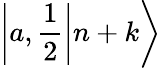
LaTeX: \left|\left.a,\frac{1}{2}\right|n+k\right\rangle